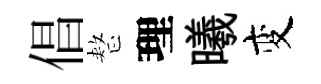
倡整理曦变